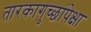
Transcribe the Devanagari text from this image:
तारकागुच्छांपेक्षा